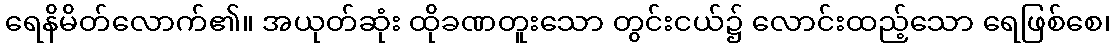
ရေနိမိတ်လောက်၏။ အယုတ်ဆုံး ထိုခဏတူးသော တွင်းငယ်၌ လောင်းထည့်သော ရေဖြစ်စေ၊